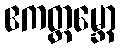
ဧကတ္ထမ္ဘော